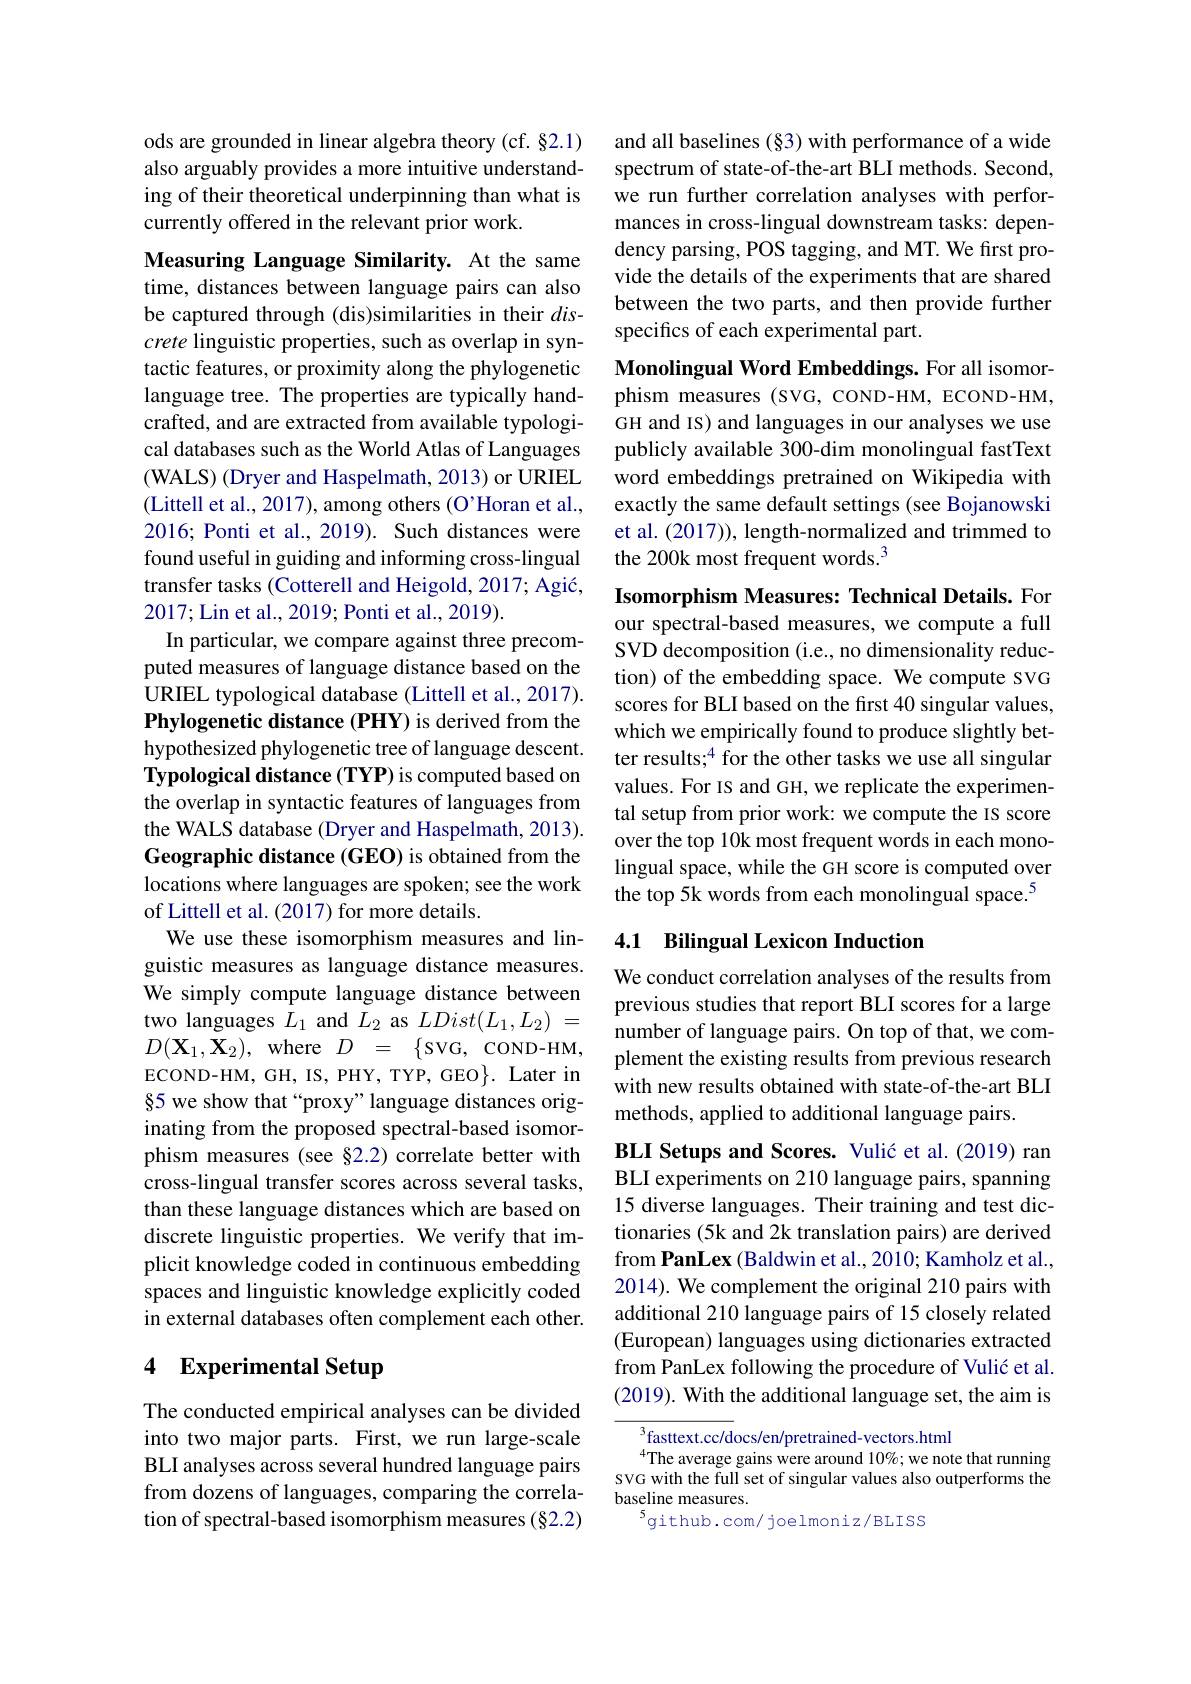
ods are grounded in linear algebra theory (cf. §2.1) also arguably provides a more intuitive understanding of their theoretical underpinning than what is currently offered in the relevant prior work.

Measuring Language Similarity. At the same time, distances between language pairs can also be captured through (dis)similarities in their $dis-$ crete linguistic properties, such as overlap in syntactic features, or proximity along the phylogenetic language tree. The properties are typically handcrafted, and are extracted from available typological databases such as the World Atlas of Languages (WALS) (Dryer and Haspelmath, 2013) or URIEL (Littell et al., 2017), among others (O'Horan et al., 2016; Ponti et al., 2019). Such distances were found useful in guiding and informing cross-lingual transfer tasks (Cotterell and Heigold, 2017; Agić, 2017;Lin et al., 2019; Ponti et al., 2019).
In particular, we compare against three precomputed measures of language distance based on the URIEL typological database (Littell et al., 2017). Phylogenetic distance (PHY) is derived from the hypothesized phylogenetic tree of language descent. Typological distance (TYP) is computed based on the overlap in syntactic features of languages from the WALS database (Dryer and Haspelmath, 2013). Geographic distance (GEO) is obtained from the locations where languages are spoken; see the work of Littell et al. (2017) for more details.
We use these isomorphism measures and linguistic measures as language distance measures. We simply compute language distance between two languages $\bar{L}_1$ and $\bar{L}_2$ as $LDist(L_1,L_2)=$ $D(\mathbf{X}_{1},\mathbf{X}_{2})$, where $D=$ \{SVG, COND-HM,[BREF]$D(\mathbf{X}_{1},\mathbf{X}_{2})$, where $D=$ \{SVG, COND-HM, ECOND-HM, GH, IS, PHY, TYP, GEO}. Later in §5 we show that “proxy”language distances originating from the proposed spectral-based isomorphism measures (see §2.2) correlate better with cross-lingual transfer scores across several tasks, than these language distances which are based on discrete linguistic properties. We verify that implicit knowledge coded in continuous embedding spaces and linguistic knowledge explicitly coded in external databases often complement each other.

# 4 Experimental Setup

The conducted empirical analyses can be divided into two major parts. First, we run large-scale BLI analyses across several hundred language pairs from dozens of languages, comparing the correlation of spectral-based isomorphism measures (§2.2)

and all baselines (§3) with performance of a wide spectrum of state-of-the-art BLI methods. Second, we run further correlation analyses with performances in cross-lingual downstream tasks: dependency parsing, POS tagging, and MT. We first provide the details of the experiments that are shared between the two parts, and then provide further specifics of each experimental part.

Monolingual Word Embeddings. For all isomor-

phism measures (SVG, COND-HM, ECOND-HM, GH and IS) and languages in our analyses we use publicly available 300-dim monolingual fastText word embeddings pretrained on Wikipedia with exactly the same default settings (see Bojanowski et al. (2017)), length-normalized and trimmed to the 200k most frequent words.$^3$

Isomorphism Measures: Technical Details. For our spectral-based measures, we compute a full SVD decomposition (i.e., no dimensionality reduction) of the embedding space. We compute SVG scores for BLI based on the first 40 singular values, which we empirically found to produce slightly better results;$^4$ for the other tasks we use all singular values. For IS and GH, we replicate the experimental setup from prior work: we compute the IS score over the top 10k most frequent words in each monolingual space, while the GH score is computed over the top 5k words from each monolingual space.$^{5}$

## 4.1 Bilingual Lexicon Induction

We conduct correlation analyses of the results from previous studies that report BLI scores for a large number of language pairs. On top of that, we complement the existing results from previous research with new results obtained with state-of-the-art BLI methods, applied to additional language pairs.

BLI Setups and Scores. Vulić et al. (2019) ran BLI experiments on 210 language pairs, spanning 15 diverse languages. Their training and test dictionaries (5k and 2k translation pairs) are derived from PanLex (Baldwin et al., 2010; Kamholz et al., 2014). We complement the original 210 pairs with additional 210 language pairs of 15 closely related (European) languages using dictionaries extracted from PanLex following the procedure of Vulić et al. (2019). With the additional language set, the aim is

$^{3}$fasttext.cc/docs/en/pretrained-vectors.html
$^{4}$The average gains were around 10%; we note that running SVG with the full set of singular values also outperforms the baseline measures.
$^{5}$github.com/ joelmoniz/BLISS